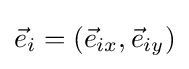
{\vec {e}}_{i}=({\vec {e}}_{ix},{\vec {e}}_{iy})